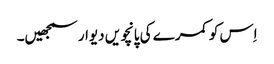
اِس کو کمرے کی پانچویں دیوار سمجھیں۔